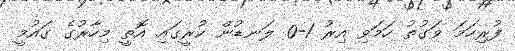
ފުރިހަމަ ވަގުތު ހަމަވި އިރު 1-0 ލަނޑުން ކުރީގައި އޮތީ މިހާރުގެ ގައުމީ